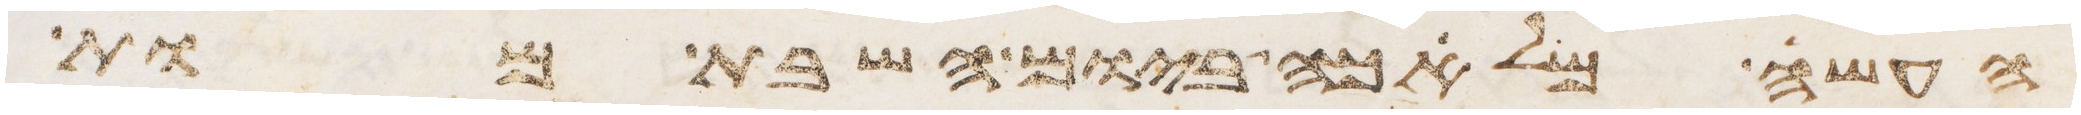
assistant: העשה מלאכה ביום השבת מות